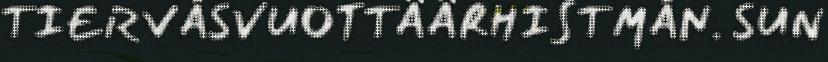
TIERVÂSVUOTTÄÄRHISTMÂN. SUN